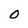
Character: O